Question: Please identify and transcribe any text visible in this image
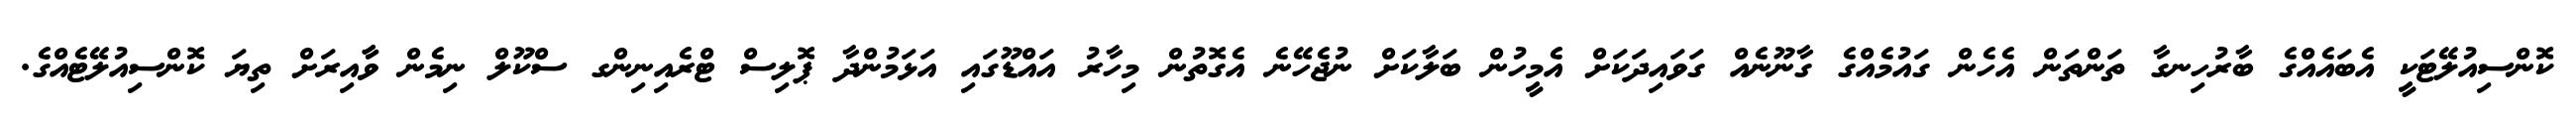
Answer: ކޮންސިއުލޭޓަކީ އެބައެއްގެ ބާރުހިނގާ ތަންތަން އެހެން ގައުމެއްގެ ގާނޫނެއް ގަވައިދަކަށް އެމީހުން ބަލާކަށް ނުޖެހޭނެ އެގޮތުން މިހާރު އައްޑޫގައި އަޅަމުންދާ ޕޮލިސް ޓްރެއިނިންގ ސްކޫލް ނިމެން ވާާއިރަށް ތިޔަ ކޮންސިއުލޭޓެއްގެ.